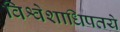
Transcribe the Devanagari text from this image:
विश्वेशाधिपतये